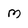
Character: m